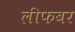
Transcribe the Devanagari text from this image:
लीफबर